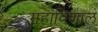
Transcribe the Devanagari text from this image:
महाविशाल